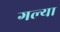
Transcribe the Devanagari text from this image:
गल्या